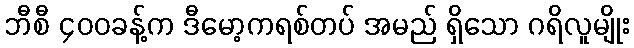
ဘီစီ ၄၀၀ခန့်က ဒီမော့ကရစ်တပ် အမည် ရှိသော ဂရိလူမျိုး